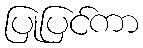
ပြုပြင်ကာ